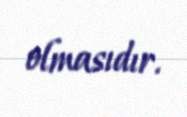
olmasıdır.